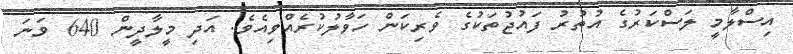
އިސްލާމީ ލަސްކަރުގެ އުތުރު ފައުޖުތަކުގެ ވެރިކަން ހަވާލުކުރެއްވިއެވެ. އަދި މީލާދީން 640 ވަނަ